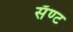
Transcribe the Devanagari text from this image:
सॅण्ट